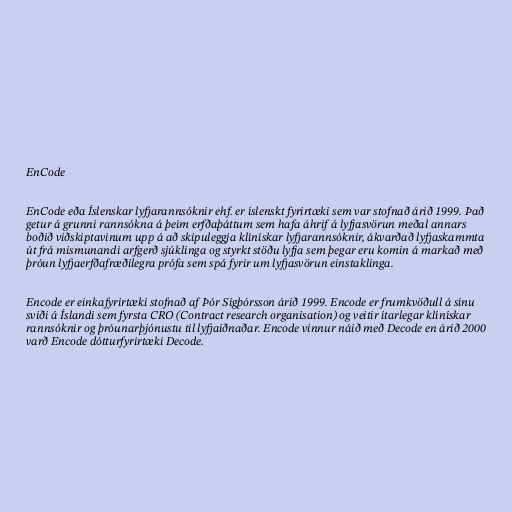
EnCode

EnCode eða Íslenskar lyfjarannsóknir ehf. er íslenskt fyrirtæki sem var stofnað árið 1999. Það
getur á grunni rannsókna á þeim erfðaþáttum sem hafa áhrif á lyfjasvörun meðal annars
boðið viðskiptavinum upp á að skipuleggja klínískar lyfjarannsóknir, ákvarðað lyfjaskammta
út frá mismunandi arfgerð sjúklinga og styrkt stöðu lyfja sem þegar eru komin á markað með
þróun lyfjaerfðafræðilegra prófa sem spá fyrir um lyfjasvörun einstaklinga.

Encode er einkafyrirtæki stofnað af Þór Sigþórsson árið 1999. Encode er frumkvöðull á sínu
sviði á Íslandi sem fyrsta CRO (Contract research organisation) og veitir ítarlegar klínískar
rannsóknir og þróunarþjónustu til lyfjaiðnaðar. Encode vinnur náið með Decode en árið 2000
varð Encode dótturfyrirtæki Decode.